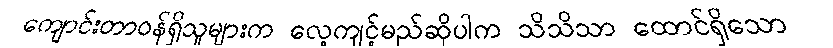
ကျောင်းတာဝန်ရှိသူများက လေ့ကျင့်မည်ဆိုပါက သိသိသာ ထောင်ရှိသော